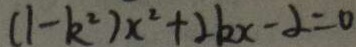
( 1 - k ^ { 2 } ) x ^ { 2 } + 2 k x - 2 = 0